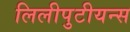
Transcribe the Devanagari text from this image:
लिलीपुटीयन्स